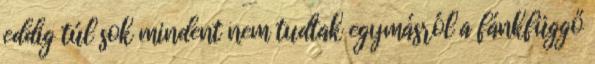
eddig túl sok mindent nem tudtak egymásról a fánkfüggő